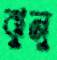
ঝুনু